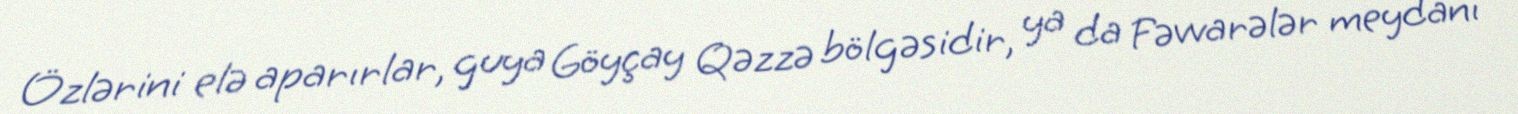
Özlərini elə aparırlar, guya Göyçay Qəzzə bölgəsidir, ya da Fəvvarələr meydanı